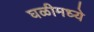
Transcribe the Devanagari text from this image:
घळीमध्ये